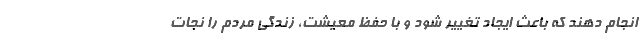
انجام دهند که باعث ایجاد تغییر شود و با حفظ معیشت، زندگی مردم را نجات